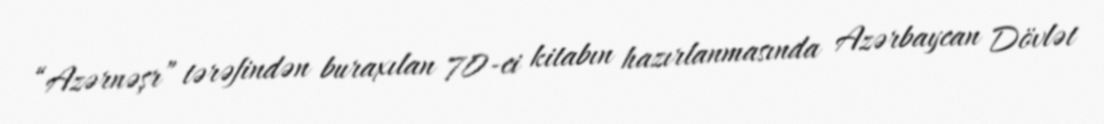
“Azərnəşr” tərəfindən buraxılan 70-ci kitabın hazırlanmasında Azərbaycan Dövlət